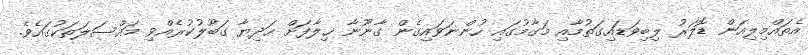
އެތައްމިލިއަން ޑޮލަރު ލިބިވަޑައިގަތުމާއި މަގާމުގައި ހުންނަވައިގެން ގާނޫނާ ޚިލާފަށް ހަދިޔާ ގަބޫލުކުރެއްވި މައްސަލަތަކުގައެވެ.